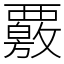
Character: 覈